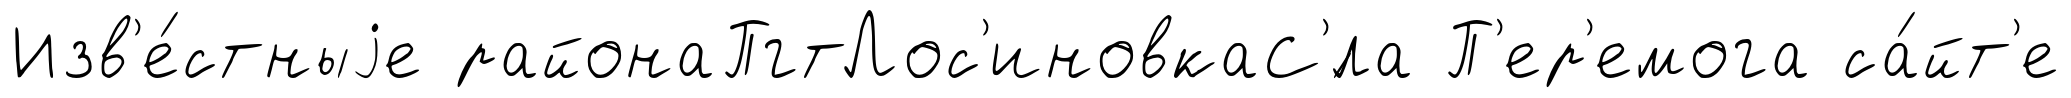
Изв'е́стныjе районаПгтЛос'иновкаС'́ла П'ер'емога са́йт'е